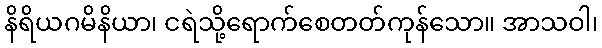
နိရိယဂမိနိယာ၊ ငရဲသို့ရောက်စေတတ်ကုန်သော။ အာသဝါ၊